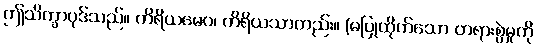
ဤသိက္ခာပုဒ်သည်။ ကိရိယမေဝ၊ ကိရိယသာတည်း။ (မပြုထိုက်သော တရားစွဲမှုကို